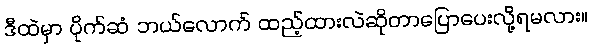
ဒီထဲမှာ ပိုက်ဆံ ဘယ်လောက် ထည့်ထားလဲဆိုတာပြောပေးလို့ရမလား။